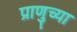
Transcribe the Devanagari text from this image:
प्राणुच्या